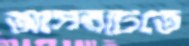
আসরটিতে